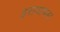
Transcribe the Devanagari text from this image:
इरावाथम